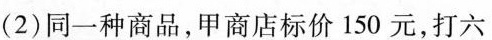
(2)同一种商品，甲商店标价150元，打六